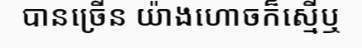
បានច្រើន យ៉ាងហោចក៏ស្មើឬ